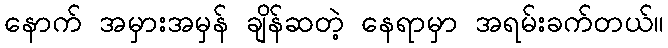
နောက် အမှားအမှန် ချိန်ဆတဲ့ နေရာမှာ အရမ်းခက်တယ်။